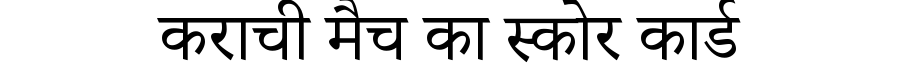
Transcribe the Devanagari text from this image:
कराची मैच का स्कोर कार्ड